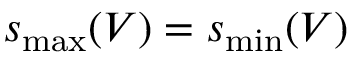
s _ { \mathrm { m a x } } ( V ) = s _ { \mathrm { m i n } } ( V )